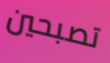
تصبحين